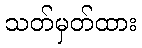
သတ်မှတ်ထား